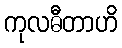
ကုလဓီတာဟိ